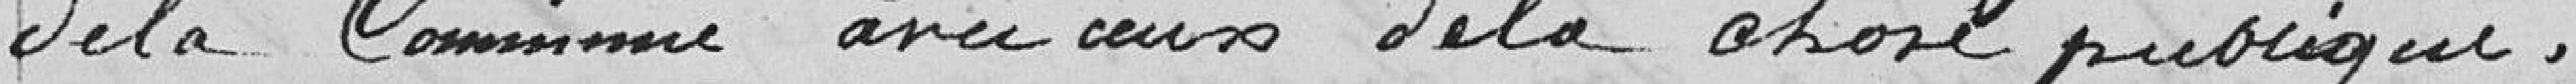
de la Commune avec ceux de la chose publique